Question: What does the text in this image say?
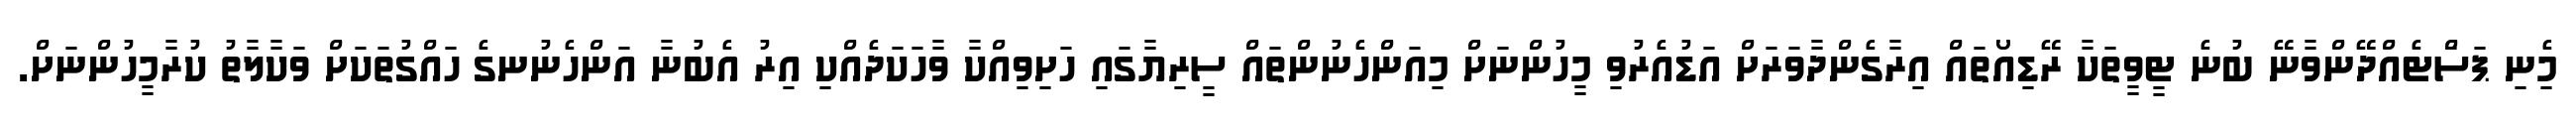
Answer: މިެނި ޕަސަްޓެއްދޭންވާނޭ ބުނެ ޓީވީތަކާ ރޭޑިއޯތައް އިރާގެންދާވަރަށް އަޑުއެރުވި މީހުންނަށް މިއަންހެނުންތައް ސީރިޔާގައި ހަށިވިއްކާ ވާހަކަދެއްކި އިރު އެބުނާ އަންހެނުނގެ ހައްގުތަކަށް ވަކާލާތު ކުރާމީހުންނަށް.